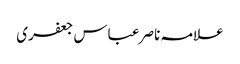
علامہ ناصر عباس جعفری